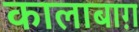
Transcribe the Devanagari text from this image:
कालाबाग़